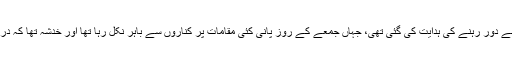
پیرس کے رہائیشیوں کو دریائے سین سے دور رہنے کی ہدایت کی گئی تھی، جہاں جمعے کے روز پانی کئی مقامات پر کناروں سے باہر نکل رہا تھا اور خدشہ تھا کہ دریا چھ میٹر کی بلندی تک چڑھ جائے گا۔